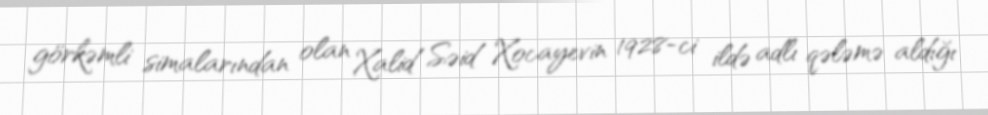
görkəmli simalarından olan Xalid Səid Xocayevin 1928-ci ildə adlı qələmə aldığı